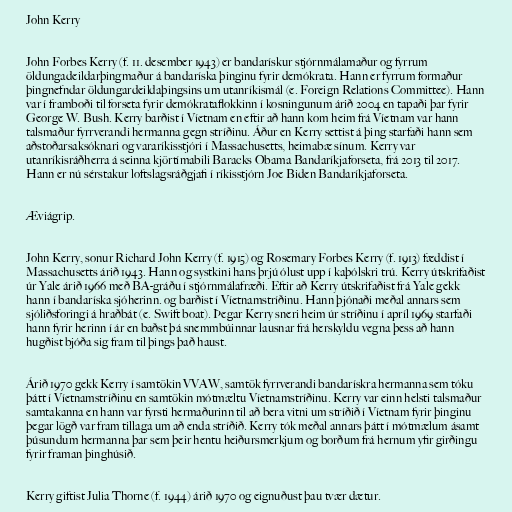
John Kerry

John Forbes Kerry (f. 11. desember 1943) er bandarískur stjórnmálamaður og fyrrum
öldungadeildarþingmaður á bandaríska þinginu fyrir demókrata. Hann er fyrrum formaður
þingnefndar öldungardeildaþingsins um utanríkismál (e. Foreign Relations Committee). Hann
var í framboði til forseta fyrir demókrataflokkinn í kosningunum árið 2004 en tapaði þar fyrir
George W. Bush. Kerry barðist í Víetnam en eftir að hann kom heim frá Víetnam var hann
talsmaður fyrrverandi hermanna gegn stríðinu. Áður en Kerry settist á þing starfaði hann sem
aðstoðarsaksóknari og vararíkisstjóri í Massachusetts, heimabæ sínum. Kerry var
utanríkisráðherra á seinna kjörtímabili Baracks Obama Bandaríkjaforseta, frá 2013 til 2017.
Hann er nú sérstakur loftslagsráðgjafi í ríkisstjórn Joe Biden Bandaríkjaforseta.

Æviágrip.

John Kerry, sonur Richard John Kerry (f. 1915) og Rosemary Forbes Kerry (f. 1913) fæddist í
Massachusetts árið 1943. Hann og systkini hans þrjú ólust upp í kaþólskri trú. Kerry útskrifaðist
úr Yale árið 1966 með BA-gráðu í stjórnmálafræði. Eftir að Kerry útskrifaðist frá Yale gekk
hann í bandaríska sjóherinn. og barðist í Víetnamstríðinu. Hann þjónaði meðal annars sem
sjóliðsforingi á hraðbát (e. Swift boat). Þegar Kerry sneri heim úr stríðinu í apríl 1969 starfaði
hann fyrir herinn í ár en baðst þá snemmbúinnar lausnar frá herskyldu vegna þess að hann
hugðist bjóða sig fram til þings það haust.

Árið 1970 gekk Kerry í samtökin VVAW, samtök fyrrverandi bandarískra hermanna sem tóku
þátt í Víetnamstríðinu en samtökin mótmæltu Víetnamstríðinu. Kerry var einn helsti talsmaður
samtakanna en hann var fyrsti hermaðurinn til að bera vitni um stríðið í Víetnam fyrir þinginu
þegar lögð var fram tillaga um að enda stríðið. Kerry tók meðal annars þátt í mótmælum ásamt
þúsundum hermanna þar sem þeir hentu heiðursmerkjum og borðum frá hernum yfir girðingu
fyrir framan þinghúsið.

Kerry giftist Julia Thorne (f. 1944) árið 1970 og eignuðust þau tvær dætur.